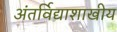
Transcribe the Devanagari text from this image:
अंतर्विद्याशाखीय